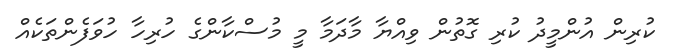
ކުރިން އުންމީދު ކުރި ގޮތުން ވިއްޔާ މާދަމާ މީ މުސްކާންގެ ހުރިހާ ހުވަފެންތަކެއް